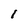
Character: I